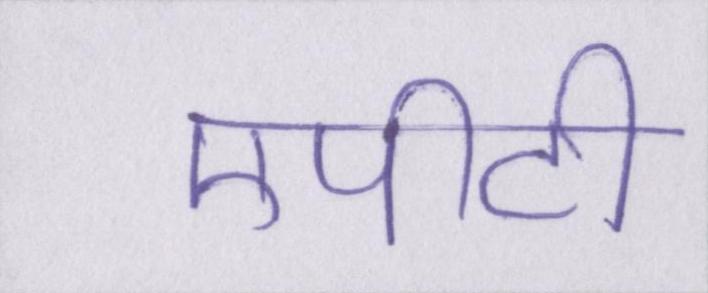
एपीटी